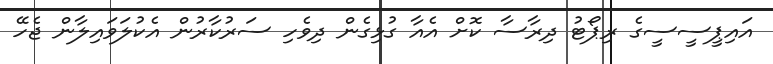
އައިޕީސީސީގެ ރިޕޯޓު ދިރާސާ ކޮށް އެއާ ގުޅިގެން ދިވެހި ސަރުކާރުން އެކުލަވައިލާން ޖެހޭ